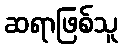
ဆရာဖြစ်သူ